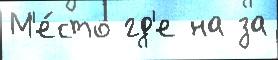
М'е́сто гд'е на за